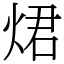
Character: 𤉙